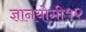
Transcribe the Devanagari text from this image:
ज्ञानयोगी१२